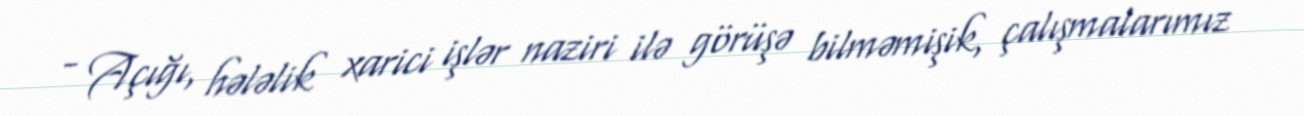
- Açığı, hələlik xarici işlər naziri ilə görüşə bilməmişik, çalışmalarımız